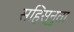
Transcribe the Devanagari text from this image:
सहिस्नुता